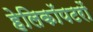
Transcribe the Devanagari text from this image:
हेलिकॉपटरों